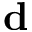
\mathbf { d }